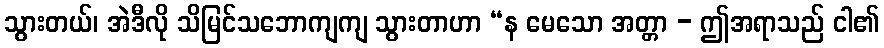
သွားတယ်၊ အဲဒီလို သိမြင်သဘောကျကျ သွားတာဟာ “န မေသော အတ္တာ - ဤအရာသည် ငါ၏